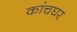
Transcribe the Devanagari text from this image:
कांचघर